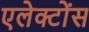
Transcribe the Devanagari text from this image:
एलेक्टोंस